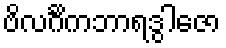
ဗိလင်္ဂိကဘာရဒွါဇော